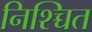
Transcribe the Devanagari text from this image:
निश्च्चित